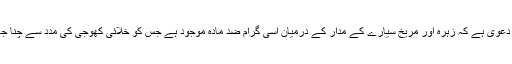
جیکسن کا دعویٰ ہے کہ زہرہ اور مریخ سیارے کے مدار کے درمیان اسی گرام ضد مادّہ موجود ہے جس کو خلائی کھوجی کی مدد سے چنا جا سکتا ہے۔